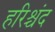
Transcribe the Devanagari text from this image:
हरिश्चंद